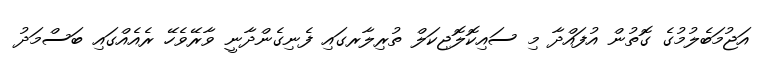
އަޖުމަބެލުމުގެ ގޮތުން އުފައްދާ މި ސައިކޮލޮޖިކަލް ތުރިލާރގައި ފެނިގެންދާނީ ވާރޭވެހޭ ރެއެއްގައި ބަސްމަދު